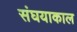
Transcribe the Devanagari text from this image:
संघयाकाल